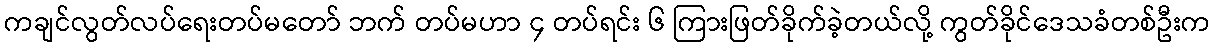
ကချင်လွတ်လပ်ရေးတပ်မတော် ဘက် တပ်မဟာ ၄ တပ်ရင်း ၆ ကြားဖြတ်ခိုက်ခဲ့တယ်လို့ ကွတ်ခိုင်ဒေသခံတစ်ဦးက